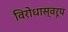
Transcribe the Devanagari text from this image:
विरोधास्वरूप